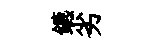
鑣劣